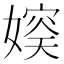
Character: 𪦛